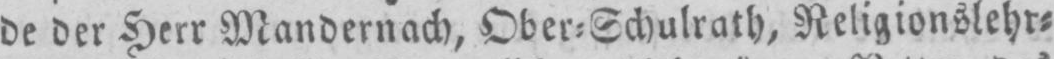
de der Herr Mandernach, Ober⸗Schulrath, Religionslehr⸗